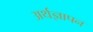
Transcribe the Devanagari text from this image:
अर्थज्ञापन